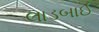
લાડબાઈ